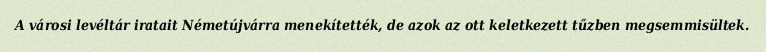
A városi levéltár iratait Németújvárra menekítették, de azok az ott keletkezett tűzben megsemmisültek.